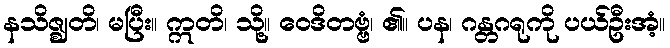
နသိဇ္ဈတိ၊ မပြီး။ ဣတိ၊ သို့။ ဝေဒိတဗ္ဗံ၊ ၏။ ပန၊ ဂန္တဂရုကို ပယ်ဦးအံ့။